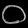
Digit: ၀